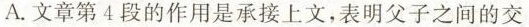
A.文章第4段的作用是承接上线文，表明父子之间的交